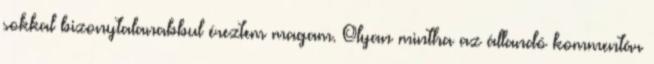
sokkal bizonytalanabbul éreztem magam. Olyan mintha az állandó kommentár